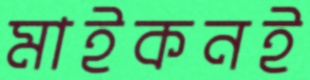
মাইকনই